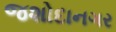
જશોદાનગર